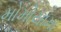
મોમોયામા